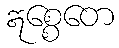
ဣစ္စေတေ